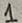
Text: 1